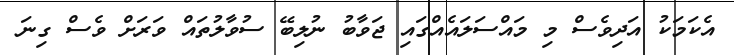
އެކަމަކު އަދިވެސް މި މައްސަލައެއްގައި ޖަވާބު ނުލިބޭ ސުވާލުތައް ވަރަށް ވެސް ގިނަ